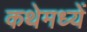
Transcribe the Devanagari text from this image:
कथेमध्यें